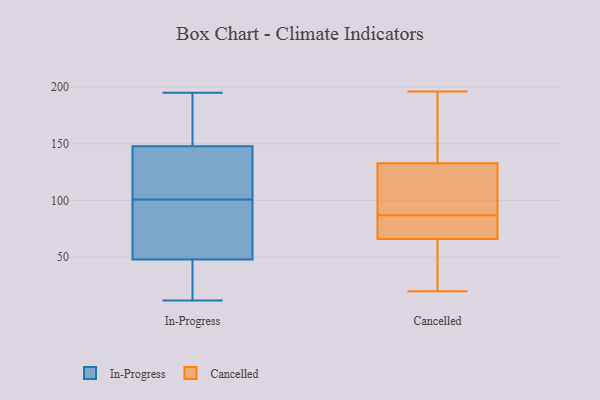
{"axis": {"x": "Website Visitors", "y": "Value"}, "legend": ["Cancelled", "In-Progress"], "data": [{"x": "", "y": 147, "type": "In-Progress"}, {"x": "", "y": 148, "type": "In-Progress"}, {"x": "", "y": 12, "type": "In-Progress"}, {"x": "", "y": 57, "type": "In-Progress"}, {"x": "", "y": 172, "type": "In-Progress"}, {"x": "", "y": 101, "type": "In-Progress"}, {"x": "", "y": 195, "type": "In-Progress"}, {"x": "", "y": 69, "type": "In-Progress"}, {"x": "", "y": 171, "type": "In-Progress"}, {"x": "", "y": 45, "type": "In-Progress"}, {"x": "", "y": 15, "type": "In-Progress"}, {"x": "", "y": 131, "type": "In-Progress"}, {"x": "", "y": 43, "type": "In-Progress"}, {"x": "", "y": 137, "type": "In-Progress"}, {"x": "", "y": 70, "type": "In-Progress"}, {"x": "", "y": 70, "type": "Cancelled"}, {"x": "", "y": 66, "type": "Cancelled"}, {"x": "", "y": 120, "type": "Cancelled"}, {"x": "", "y": 100, "type": "Cancelled"}, {"x": "", "y": 20, "type": "Cancelled"}, {"x": "", "y": 185, "type": "Cancelled"}, {"x": "", "y": 66, "type": "Cancelled"}, {"x": "", "y": 85, "type": "Cancelled"}, {"x": "", "y": 26, "type": "Cancelled"}, {"x": "", "y": 49, "type": "Cancelled"}, {"x": "", "y": 87, "type": "Cancelled"}, {"x": "", "y": 154, "type": "Cancelled"}, {"x": "", "y": 78, "type": "Cancelled"}, {"x": "", "y": 196, "type": "Cancelled"}, {"x": "", "y": 123, "type": "Cancelled"}, {"x": "", "y": 35, "type": "Cancelled"}, {"x": "", "y": 136, "type": "Cancelled"}, {"x": "", "y": 187, "type": "Cancelled"}, {"x": "", "y": 115, "type": "Cancelled"}]}